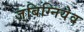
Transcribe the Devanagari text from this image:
ज़्बिग्नियेव